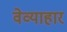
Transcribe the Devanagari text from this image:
वेव्याहार